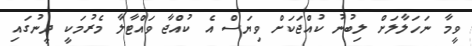
ވީމާ ނަހަލާލަށް ލިބުނު ކުއްޖަކަށް ވިޔަސް އެ ކުއްޖާ ވައްޓާލާ މެރުމަކީ ދީނުގައި